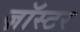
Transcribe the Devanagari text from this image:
ज़ॉस्टर